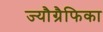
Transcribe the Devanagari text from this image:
ज्यौग्रैफिका